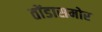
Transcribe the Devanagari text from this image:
तोंडासमोर